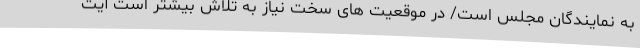
به نمایندگان مجلس است/ در موقعیت های سخت نیاز به تلاش بیشتر است آیت